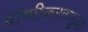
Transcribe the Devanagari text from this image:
बाष्पीकरणसुद्धा